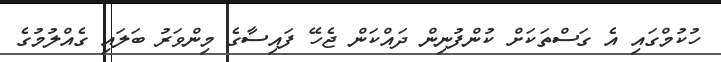
ހުކުމްގައި އެ ގަސްތަކަށް ކުންފުނިން ދައްކަން ޖެހޭ ފައިސާގެ މިންވަރު ބަލައި ގެއްލުމުގެ